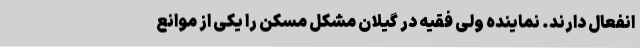
انفعال دارند. نماینده ولی فقیه در گیلان مشکل مسکن را یکی از موانع